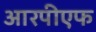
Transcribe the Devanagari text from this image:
आरपीएफ